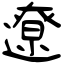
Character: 遼